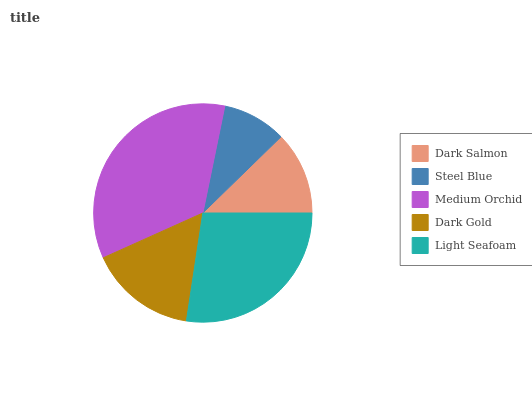
| Dark Salmon | Steel Blue | Medium Orchid | Dark Gold | Light Seafoam |
 | --- | --- | --- | --- | --- |
 | 12.3% | 9.48% | 35% | 15.9% | 27.4% |